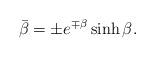
LaTeX: \begin{align*} \bar{\beta } = \pm e^{\mp \beta }\sinh \beta .\end{align*}